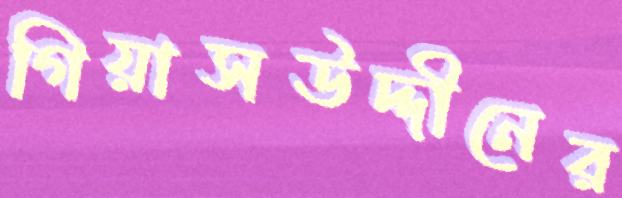
গিয়াসউদ্দীনের